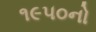
૧૯૫૦નો